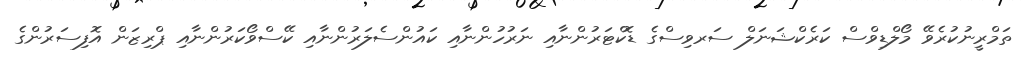
ތަމްރީނުކުރެވޭ މޯލްޑިވްސް ކަރެކްޝަނަލް ސަރވިސްގެ ޑޮކްޓަރުންނާއި ނަރުހުންނާއި ކައުންސެލަރުންނާއި ކޭސްވޯކަރުންނާއި ޕްރިޒަން އޮފިސަރުންގެ